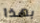
بهذا